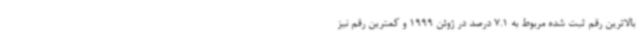
بالاترین رقم ثبت شده مربوط به 7.1 درصد در ژوئن 1999 و کمترین رقم نیز